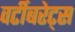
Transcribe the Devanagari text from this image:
वर्टीबरेट्स